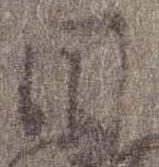
日